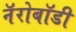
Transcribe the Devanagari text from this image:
नॅरोबॉडी